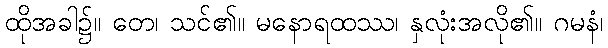
ထိုအခါ၌။ တေ၊ သင်၏။ မနောရထဿ၊ နှလုံးအလို၏။ ဂမနံ၊